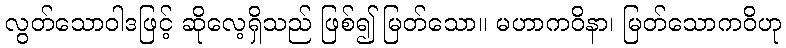
လွတ်သောဝါဒဖြင့် ဆိုလေ့ရှိသည် ဖြစ်၍ မြတ်သော။ မဟာကဝိနာ၊ မြတ်သောကဝိဟု